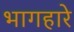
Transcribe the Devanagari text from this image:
भागहारे